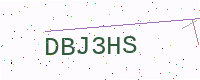
Text: DBJ3HS